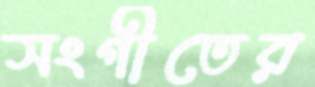
সংগীতের